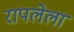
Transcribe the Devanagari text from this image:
रापलेला